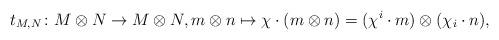
LaTeX: \begin{align*} t_{M,N}\colon M\otimes N\rightarrow M\otimes N, m\otimes n\mapsto\chi\cdot(m\otimes n)=(\chi^i\cdot m)\otimes(\chi_i\cdot n),\end{align*}